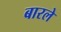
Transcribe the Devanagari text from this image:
बारले